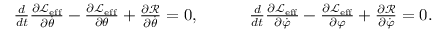
\begin{array} { r } { \frac { d } { d t } \frac { \partial \mathcal { L } _ { \mathrm { e f f } } } { \partial \dot { \theta } } - \frac { \partial \mathcal { L } _ { \mathrm { e f f } } } { \partial \theta } + \frac { \partial \mathcal { R } } { \partial \dot { \theta } } = 0 , \quad \quad \quad \frac { d } { d t } \frac { \partial \mathcal { L } _ { \mathrm { e f f } } } { \partial \dot { \varphi } } - \frac { \partial \mathcal { L } _ { \mathrm { e f f } } } { \partial \varphi } + \frac { \partial \mathcal { R } } { \partial \dot { \varphi } } = 0 . } \end{array}